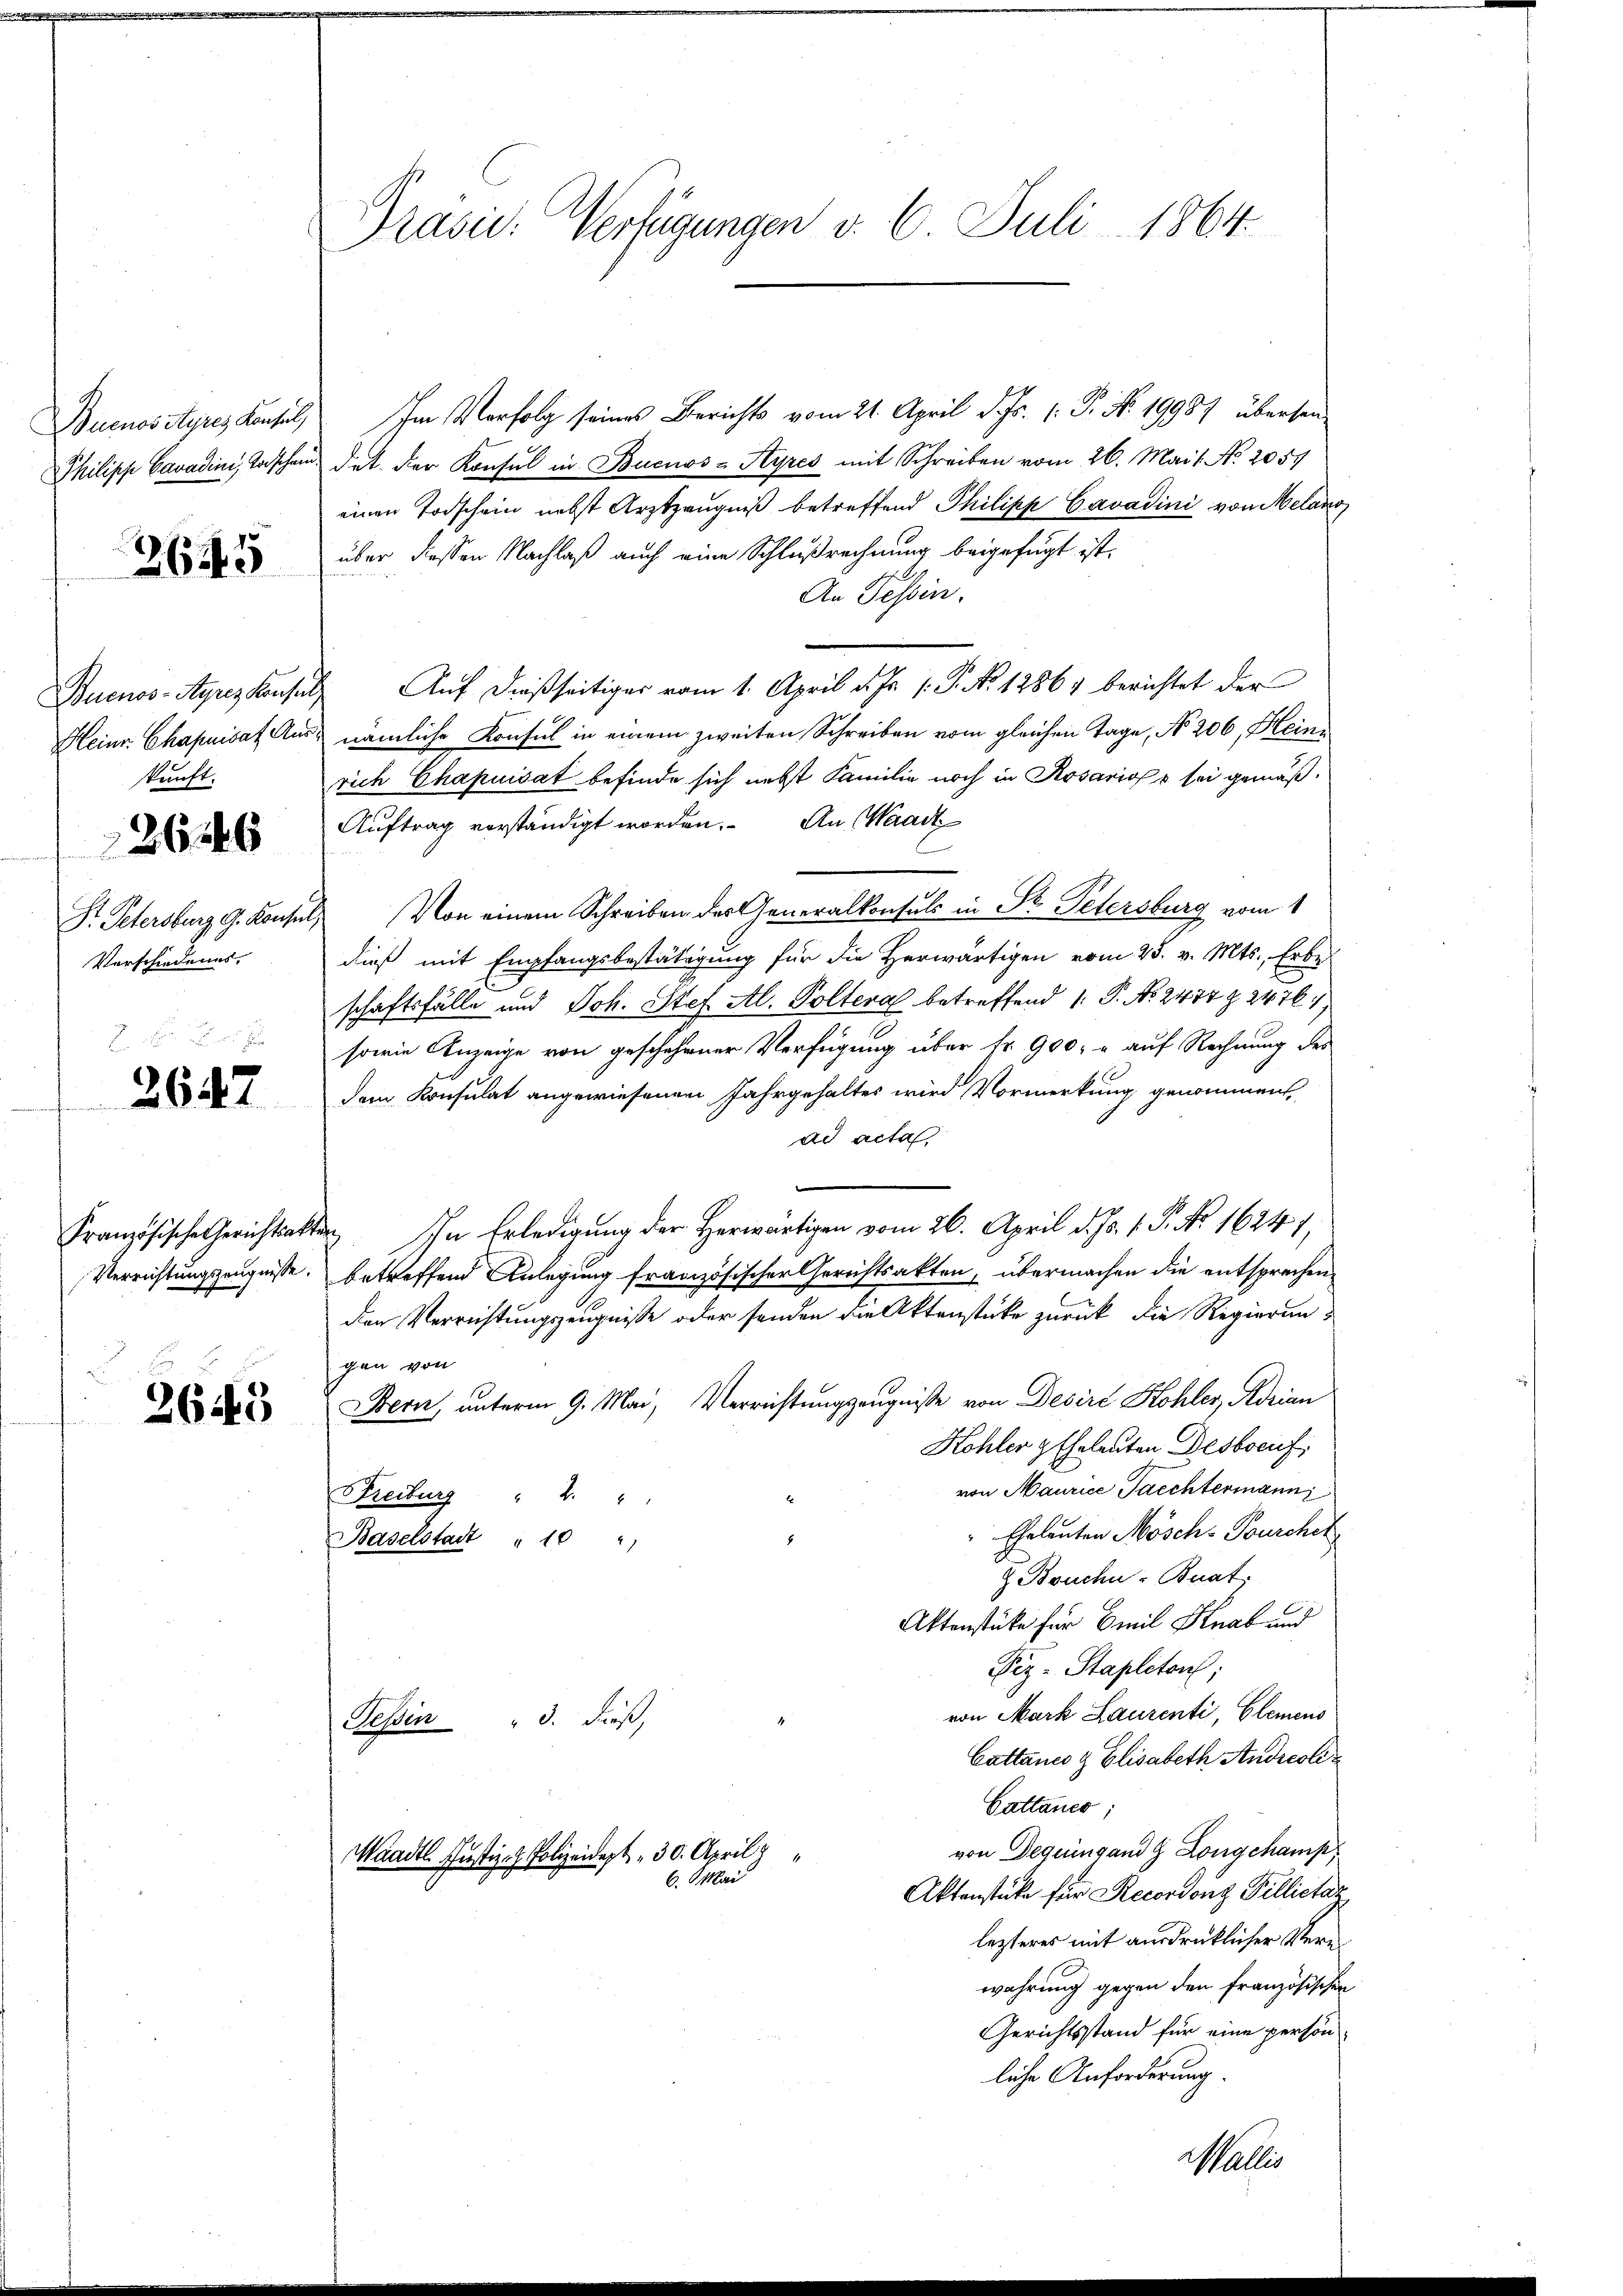
Buenos Ayres Konsol
Philipp Cavadini, Torschein

3645

Heinr. Chapnisat Auskunft.

26

Dr. Petersburg, G. Konse
Verschiedenes.

2647

Französische Gerichtsak
Verrichtungszeugnisse.

2643

Prasie: Verfügungen v. 6. Juli 1864.

Im Verfolg seines Berichts vom 21. April d. Js. 1. P. Nr. 19987 übersendet. Der Konsul in Buenos-Ayres mit Schreiben vom 26. Mai l. No. 2059
einen Todschein nebst Arztzeugniß betreffend Philipp Cavadini von Melano
über diessen Nachlaß auch eine Schlußrechnung beigefügt ist.
An Tessin.
Buenos-Ayres konsuls Auf dießseitiger vom 1. April d. Js. P. No 12864 berichtet der
nämliche Konsul in einem zweiten Schreiben vom gleichen Tage, No 206, Heini
rich Chapuisat befinde sich nebst Familie noch in Rosario o sei gemäß¬
Auftrag vorständigt worden. An Waadt
C
Von einem Schreiben der Generalkonsuls in St. Petersburg vom 1
dieß mit Empfangsbestätigung für die Herwärtigen vom 25. v. Mts., Erbe
schaftsfälle und Joh. Stef Al. Polteral betreffend 1. P. Nr. 2434 § 2476,
sowie Anzeige von geschehener Verfügung über Nr. 900. u auf Rechnung des
dem Konsulat angewiesenen Jahrgehaltes wird Vormerkung genommen,
ad acta
 Ihn Erledigung der Herwärtigen vom 26. April d. Js. 1. P. Nr. 16241,
betreffend Anlegung französischer Gerichtsakten, übermachen die entsprechenden Verrichtungszeugnisse oder senden die Aktenstücke zurück die Regierungen von
Bern, unterm 9. Mai, Verrichtungszeugniße von Desirt Kohler, Adrian
Kohler & Eheleuten Desbocuf
von Maurice Paechtermann,
Freiburg " 2 "
"Eheleuten Mösch- Bourcher
Baselstadt " 10 "
 Bruchn-Buat:
Aktenstücke für Emil Knab und
Fiz-Stapletan;
von Mark Laurenti, Elemens
3. dieß,
Sehen
Cattance & Elisabeth Andreoli
Cattaner;
von Deguingand g Longchamp
Maadtl Justiz- & Polizeidept. 30. April z
6. Mai
Aktenstücke für Recordonz Pillictaz
lezteres mit ausdrücklicher Verewahrung gegen den französischen
Gerichtsstand für eine person
liche Anforderung.
Waller